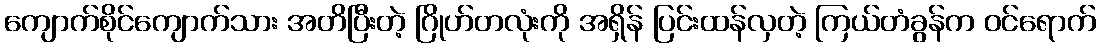
ကျောက်စိုင်ကျောက်သား အတိပြီးတဲ့ ဂြိုဟ်တလုံးကို အရှိန် ပြင်းထန်လှတဲ့ ကြယ်တံခွန်က ဝင်ရောက်